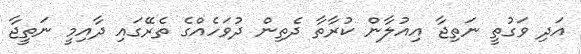
އަދި ވަގުތީ ނަތިޖާ އިއުލާން ކުރާތާ ދެތިން ދުވަހެއްގެ ތެރޭގައި ދާއިމީ ނަތީޖާ